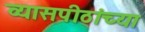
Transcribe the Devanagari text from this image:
व्यासपीठांच्या